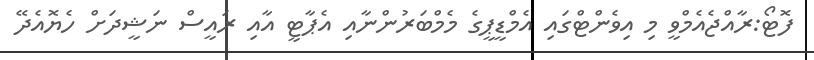
ފޮޓޯ:ރާއްޖެއެމްވީ މި އިވެންޓްގައި އެމްޑީޕީގެ މެމްބަރުންނާއި އެޕާޓީ އާއި ރައީސް ނަޝީދަށް ހެޔޮއެދޭ